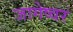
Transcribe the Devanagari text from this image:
जागेष्वर